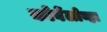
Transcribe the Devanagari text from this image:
कोर्बेलोव्हा